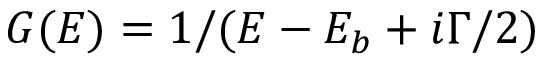
G ( E ) = 1 / ( E - E _ { b } + i \Gamma / 2 )